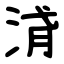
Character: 浳